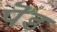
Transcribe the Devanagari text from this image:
पॆड